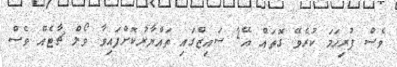
ވެސް ފުރިހަމަ ކުރެވޭ ގޮތައް އޭ2 ސައިޒްގައި ތައްޔާރުކޮށްފައިވާ ވޯލް ޗާޓެއް ވެސް